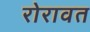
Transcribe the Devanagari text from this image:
रोरावत